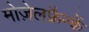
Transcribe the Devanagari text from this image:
मोज़ेलफ्रैन्कें